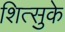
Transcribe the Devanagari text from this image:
शित्सुके